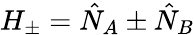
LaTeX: H_{\pm}=\hat{N}_{A}\pm\hat{N}_{B}